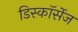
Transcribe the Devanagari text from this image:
डिस्कॉर्सेज